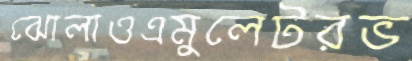
ঝোলাওএমুলেটরভ